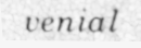
venial